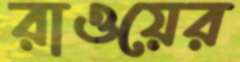
রাওয়ের